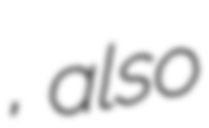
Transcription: Ադդարյան, also